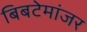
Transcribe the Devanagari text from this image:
बिबटेमांजर